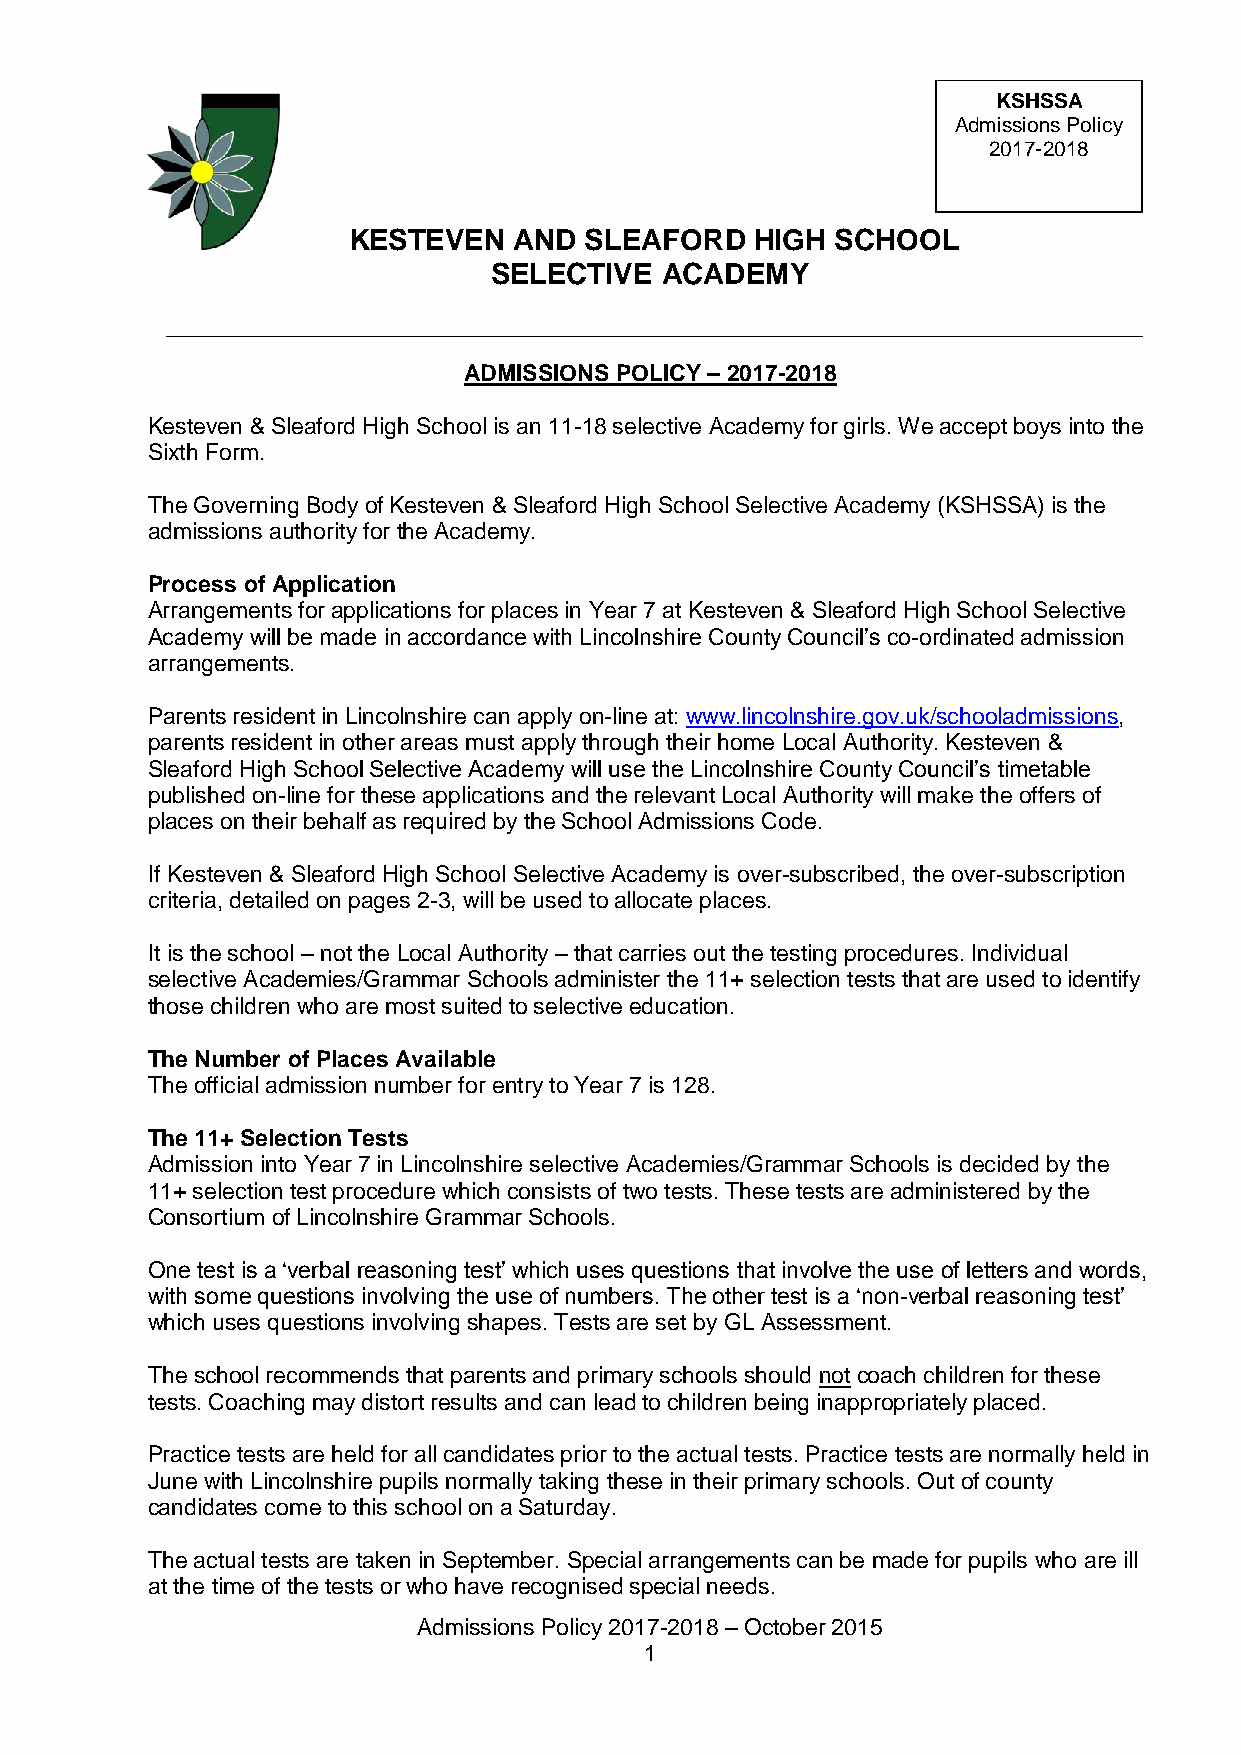
KSHSSA
 Admissions Policy
 2017-2018
 KESTEVEN   AND  SLEAFORD   HIGH SCHOOL
 SELECTIVE   ACADEMY
 ADMISSIONS POLICY – 2017-2018
 Kesteven & Sleaford High School is an 11-18 selective Academy for girls. We accept boys into the
 Sixth Form.
 The Governing Body of Kesteven & Sleaford High School Selective Academy (KSHSSA) is the
 admissions authority for the Academy.
 Process of Application
 Arrangements for applications for places in Year 7 at Kesteven & Sleaford High School Selective
 Academy will be made in accordance with Lincolnshire County Council’s co-ordinated admission
 arrangements.
 Parents resident in Lincolnshire can apply on-line at: www.lincolnshire.gov.uk/schooladmissions,
 parents resident in other areas must apply through their home Local Authority. Kesteven &
 Sleaford High School Selective Academy will use the Lincolnshire County Council’s timetable
 published on-line for these applications and the relevant Local Authority will make the offers of
 places on their behalf as required by the School Admissions Code.
 If Kesteven & Sleaford High School Selective Academy is over-subscribed, the over-subscription
 criteria, detailed on pages 2-3, will be used to allocate places.
 It is the school – not the Local Authority – that carries out the testing procedures. Individual
 selective Academies/Grammar Schools administer the 11+ selection tests that are used to identify
 those children who are most suited to selective education.
 The Number of Places Available
 The official admission number for entry to Year 7 is 128.
 The 11+ Selection Tests
 Admission into Year 7 in Lincolnshire selective Academies/Grammar Schools is decided by the
 11+ selection test procedure which consists of two tests. These tests are administered by the
 Consortium of Lincolnshire Grammar Schools.
 One test is a ‘verbal reasoning test’ which uses questions that involve the use of letters and words,
 with some questions involving the use of numbers. The other test is a ‘non-verbal reasoning test’
 which uses questions involving shapes. Tests are set by GL Assessment.
 The school recommends that parents and primary schools should not coach children for these
 tests. Coaching may distort results and can lead to children being inappropriately placed.
 Practice tests are held for all candidates prior to the actual tests. Practice tests are normally held in
 June with Lincolnshire pupils normally taking these in their primary schools. Out of county
 candidates come to this school on a Saturday.
 The actual tests are taken in September. Special arrangements can be made for pupils who are ill
 at the time of the tests or who have recognised special needs.
 Admissions Policy 2017-2018 – October 2015
 1